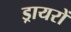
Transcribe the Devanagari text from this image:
ड्रायरों